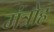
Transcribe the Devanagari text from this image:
मंत्रोह